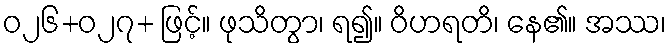
ဝ၂၆+၀၂၇+ ဖြင့်။ ဖုသိတွာ၊ ရ၍။ ဝိဟရတိ၊ နေ၏။ အဿ၊